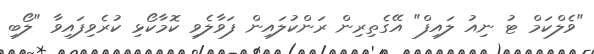
"ވެލްކަމް ޓު ނިއު ލައިފް" އޭގެތިރިން ރަންކުލައިން ފަވާލެވި ކޮމާކޯޅި ކުރެވިފައިވާ "ލޯބި